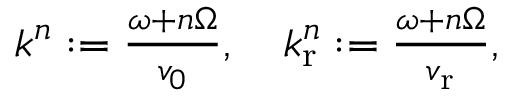
\begin{array} { r } { k ^ { n } : = \frac { \omega + n \Omega } { v _ { 0 } } , \quad k _ { \mathrm { r } } ^ { n } : = \frac { \omega + n \Omega } { v _ { \mathrm { r } } } , } \end{array}